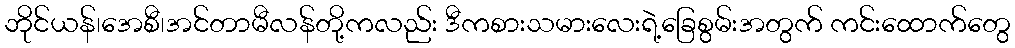
ဘိုင်ယန်၊အေစီ၊အင်တာမီလန်တို့ကလည်း ဒီကစားသမားလေးရဲ့ခြေစွမ်းအတွက် ကင်းထောက်တွေ